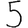
Digit: 5